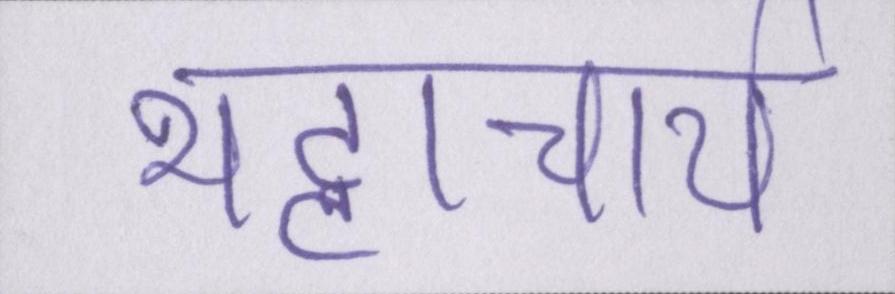
भट्टाचार्य